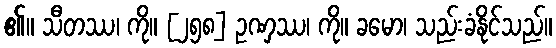
၏။ သီတဿ၊ ကို။ [၂၅၈] ဥဏှဿ၊ ကို။ ခမော၊ သည်းခံနိုင်သည်။